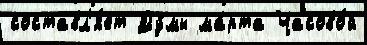
составл'я́ет Ду́мы ма́рта Часово́й